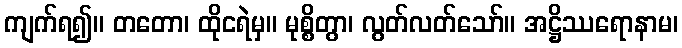
ကျက်ရ၍။ တတော၊ ထိုငရဲမှ။ မုစ္စိတွာ၊ လွတ်လတ်သော်။ အဋ္ဌိဿရောနာမ၊